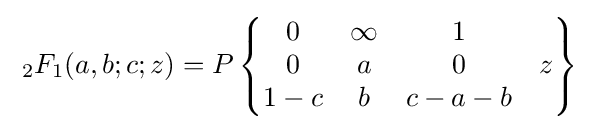
\;_{2}F_{1}(a,b;c;z)=P\left\{{\begin{matrix}0&\infty &1&\;\\0&a&0&z\\1-c&b&c-a-b&\;\end{matrix}}\right\}